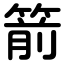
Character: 箭